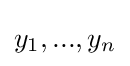
y_{1},...,y_{n}